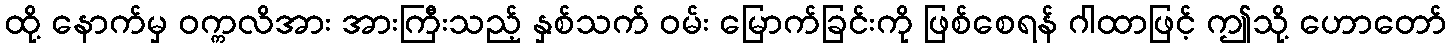
ထို့ နောက်မှ ဝက္ကလိအား အားကြီးသည့် နှစ်သက် ဝမ်း မြောက်ခြင်းကို ဖြစ်စေရန် ဂါထာဖြင့် ဤသို့ ဟောတော်